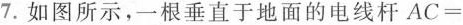
7.如图所示，一根垂直于地面的电线杆$$A C =